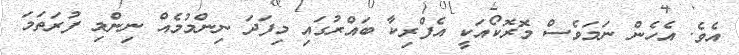
އެވެ. އެހެން ނަމަވެސް މޮރޮކޯއަކީ އެފްރިކާ ބައްރުގައި މިފަދަ ނިންމުމެއް ނިންމި ފުރަތަމަ